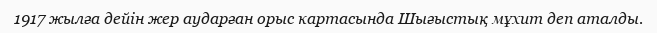
1917 жылға дейін жер аударған орыс картасында Шығыстық мұхит деп аталды.